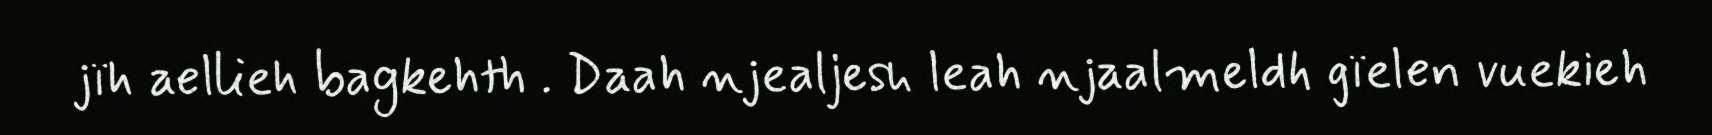
jïh aellieh bagkehth . Daah njealjesh leah njaalmeldh gïelen vuekieh